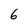
Character: 6